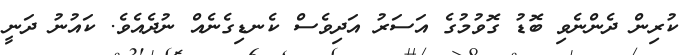
ކުރިން ދެންނެވި ބޮޑު ގޮވުމުގެ އަސަރު އަދިވެސް ކެނޑިގެނެއް ނުދެއެވެ. ކައުނު ދަނީ